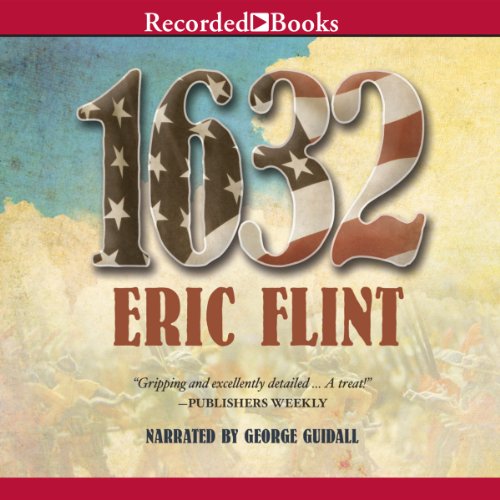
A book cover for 1632: Ring of Fire, Book 1; Eric Flint; Science Fiction & Fantasy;